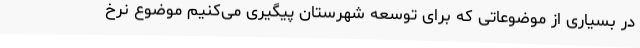
در بسیاری از موضوعاتی که برای توسعه شهرستان پیگیری می‌کنیم موضوع نرخ